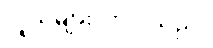
လူသိများလာပါသည်။